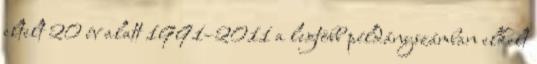
eltelt 20 év alatt 1991–2011 a legtöbb példányszámban elkelt